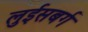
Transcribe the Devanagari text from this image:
लुईसबर्ग